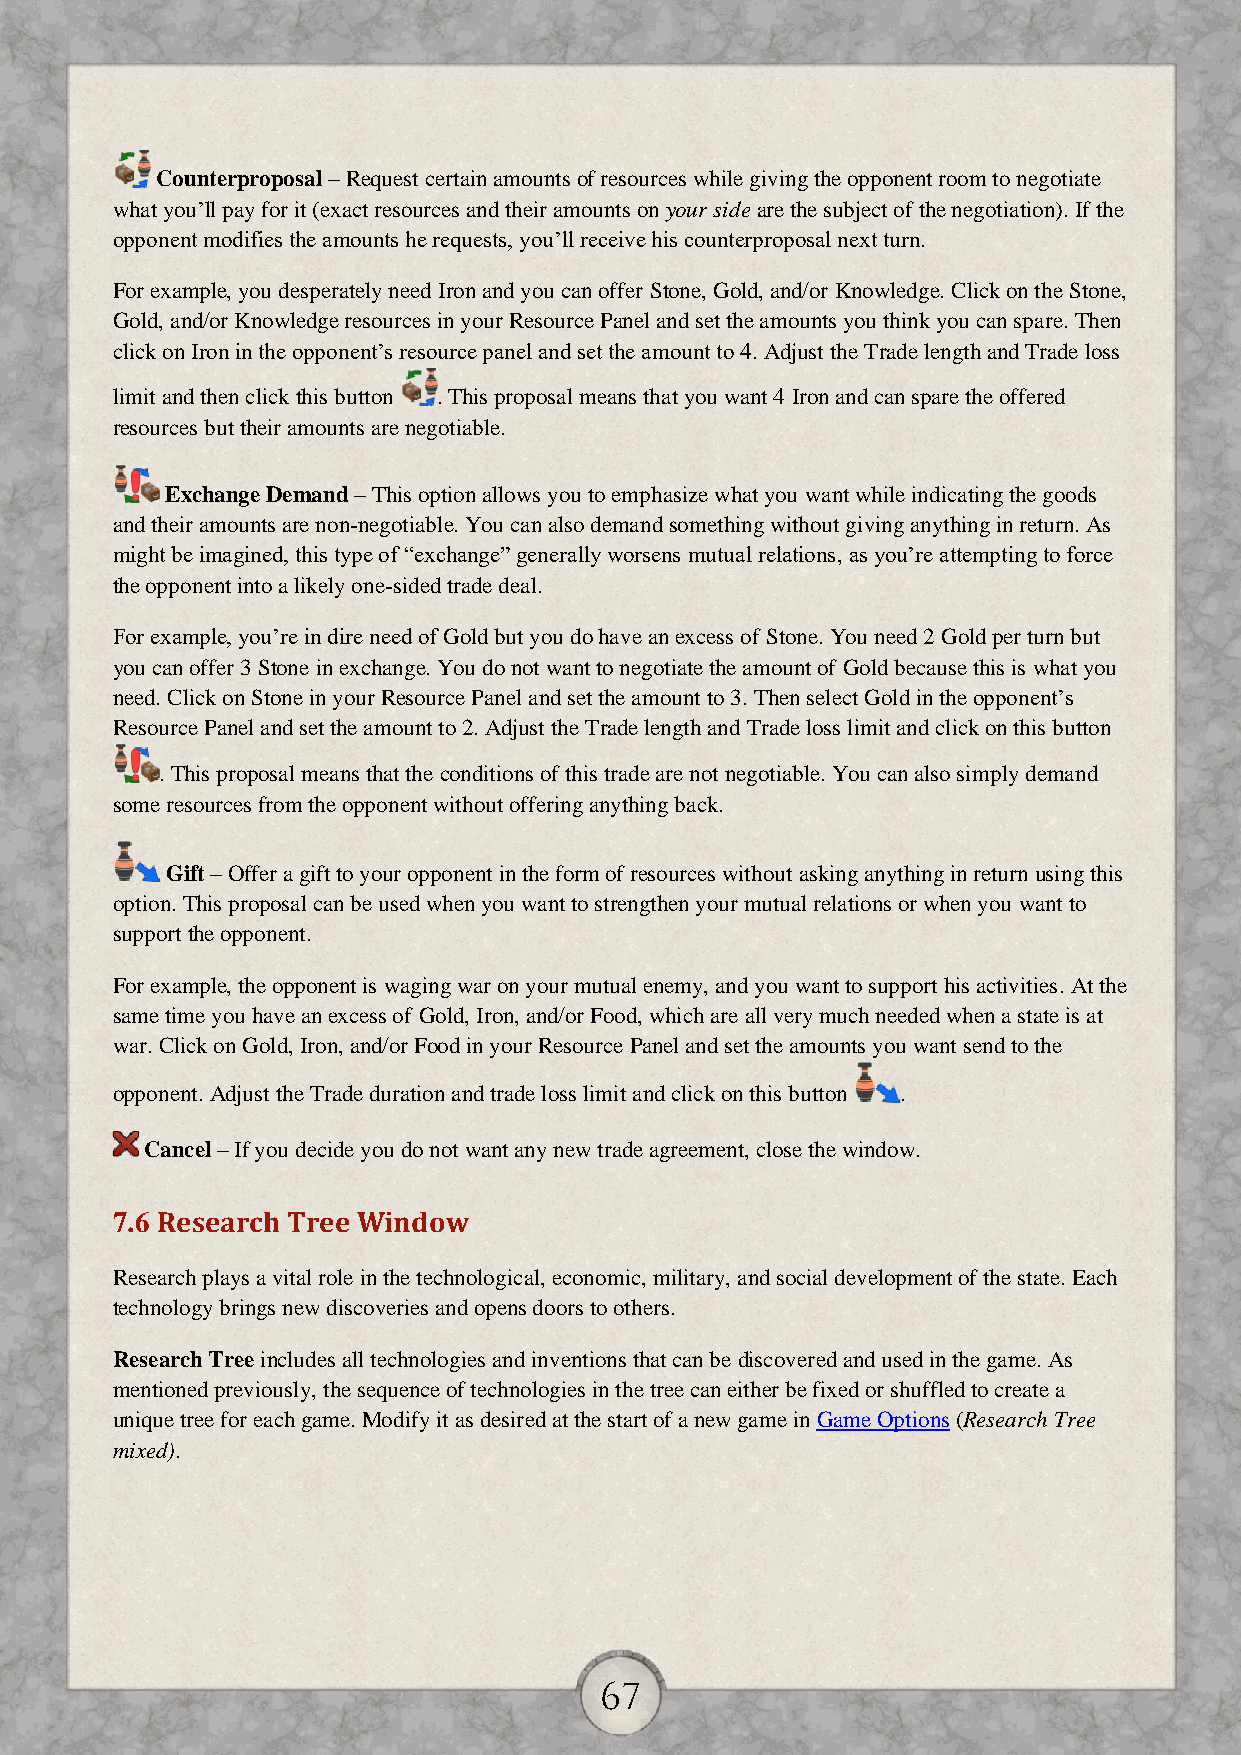
Counterproposal – Request certain amounts of resources while giving the opponent room to negotiate
 what you’ll pay for it (exact resources and their amounts on your side are the subject of the negotiation). If the
 opponent modifies the amounts he requests, you’ll receive his counterproposal next turn.
 For example, you desperately need Iron and you can offer Stone, Gold, and/or Knowledge. Click on the Stone,
 Gold, and/or Knowledge resources in your Resource Panel and set the amounts you think you can spare. Then
 click on Iron in the opponent’s resource panel and set the amount to 4. Adjust the Trade length and Trade loss
 limit and then click this button . This proposal means that you want 4 Iron and can spare the offered
 resources but their amounts are negotiable.
 Exchange Demand – This option allows you to emphasize what you want while indicating the goods
 and their amounts are non-negotiable. You can also demand something without giving anything in return. As
 might be imagined, this type of “exchange” generally worsens mutual relations, as you’re attempting to force
 the opponent into a likely one-sided trade deal.
 For example, you’re in dire need of Gold but you do have an excess of Stone. You need 2 Gold per turn but
 you can offer 3 Stone in exchange. You do not want to negotiate the amount of Gold because this is what you
 need. Click on Stone in your Resource Panel and set the amount to 3. Then select Gold in the opponent’s
 Resource Panel and set the amount to 2. Adjust the Trade length and Trade loss limit and click on this button
 . This proposal means that the conditions of this trade are not negotiable. You can also simply demand
 some resources from the opponent without offering anything back.
 Gift – Offer a gift to your opponent in the form of resources without asking anything in return using this
 option. This proposal can be used when you want to strengthen your mutual relations or when you want to
 support the opponent.
 For example, the opponent is waging war on your mutual enemy, and you want to support his activities. At the
 same time you have an excess of Gold, Iron, and/or Food, which are all very much needed when a state is at
 war. Click on Gold, Iron, and/or Food in your Resource Panel and set the amounts you want send to the
 opponent. Adjust the Trade duration and trade loss limit and click on this button .
 Cancel – If you decide you do not want any new trade agreement, close the window.
 7.6 Research Tree Window
 Research plays a vital role in the technological, economic, military, and social development of the state. Each
 technology brings new discoveries and opens doors to others.
 Research Tree includes all technologies and inventions that can be discovered and used in the game. As
 mentioned previously, the sequence of technologies in the tree can either be fixed or shuffled to create a
 unique tree for each game. Modify it as desired at the start of a new game in Game Options (Research Tree
 mixed).
 67